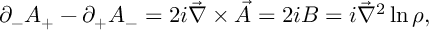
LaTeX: \partial _ { - } A _ { + } - \partial _ { + } A _ { - } = 2 i \vec { \nabla } \times { \vec { A } } = 2 i B = i \vec { \nabla } ^ { 2 } \ln \rho ,